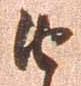
由